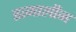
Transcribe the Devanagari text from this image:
तत्मालीन